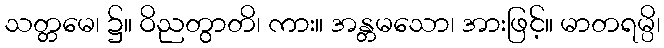
သတ္တမေ၊ ၌။ ဝိညတွာတိ၊ ကား။ အန္တမသော၊ အားဖြင့်။ မာတရမ္ပိ၊